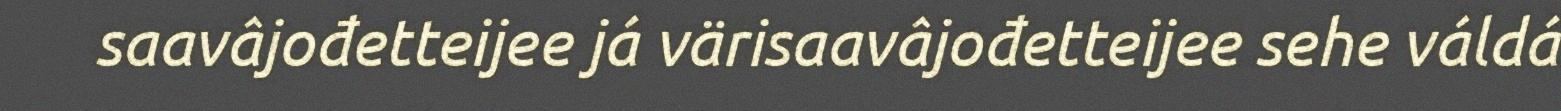
saavâjođetteijee já värisaavâjođetteijee sehe váldá